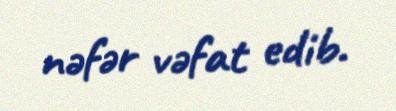
nəfər vəfat edib.